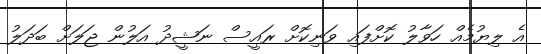
އެ ލިޔުމެއް ހަވާލު ކޮށްފައި ވަނިކޮށް ރައީސް ނަޝީދު އަލުން ޖަލަށް ބަދަލު